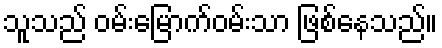
သူသည် ဝမ်းမြောက်ဝမ်းသာ ဖြစ်နေသည်။